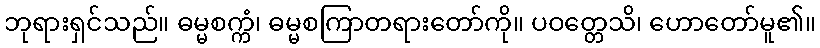
ဘုရားရှင်သည်။ ဓမ္မစက္ကံ၊ ဓမ္မစကြာတရားတော်ကို။ ပဝတ္တေသိ၊ ဟောတော်မူ၏။